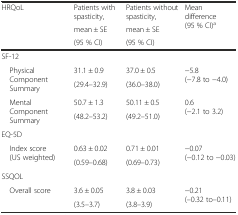
| <ROWSPAN=3> HRQoL | Patients with spasticity, | Patients without spasticity, | <ROWSPAN=3> Mean difference (95 % CI)a |
 | mean ± SE | mean ± SE |
 | (95 % CI) | (95 % CI) |
 | --- | --- | --- | --- |
 | <COLSPAN=4> SF-12 |
 | <ROWSPAN=2> Physical Component Summary | 31.1 ± 0.9 | 37.0 ± 0.5 | <ROWSPAN=2> −5.8 (−7.8 to −4.0) |
 | (29.4–32.9) | (36.0–38.0) |
 | <ROWSPAN=2> Mental Component Summary | 50.7 ± 1.3 | 50.11 ± 0.5 | <ROWSPAN=2> 0.6 (−2.1 to 3.2) |
 | (48.2–53.2) | (49.2–51.0) |
 | <COLSPAN=4> EQ-5D |
 | <ROWSPAN=2> Index score (US weighted) | 0.63 ± 0.02 | 0.71 ± 0.01 | <ROWSPAN=2> −0.07 (−0.12 to −0.03) |
 | (0.59–0.68) | (0.69–0.73) |
 | <COLSPAN=4> SSQOL |
 | <ROWSPAN=2> Overall score | 3.6 ± 0.05 | 3.8 ± 0.03 | <ROWSPAN=2> −0.21 (–0.32 to–0.11) |
 | (3.5–3.7) | (3.8–3.9) |